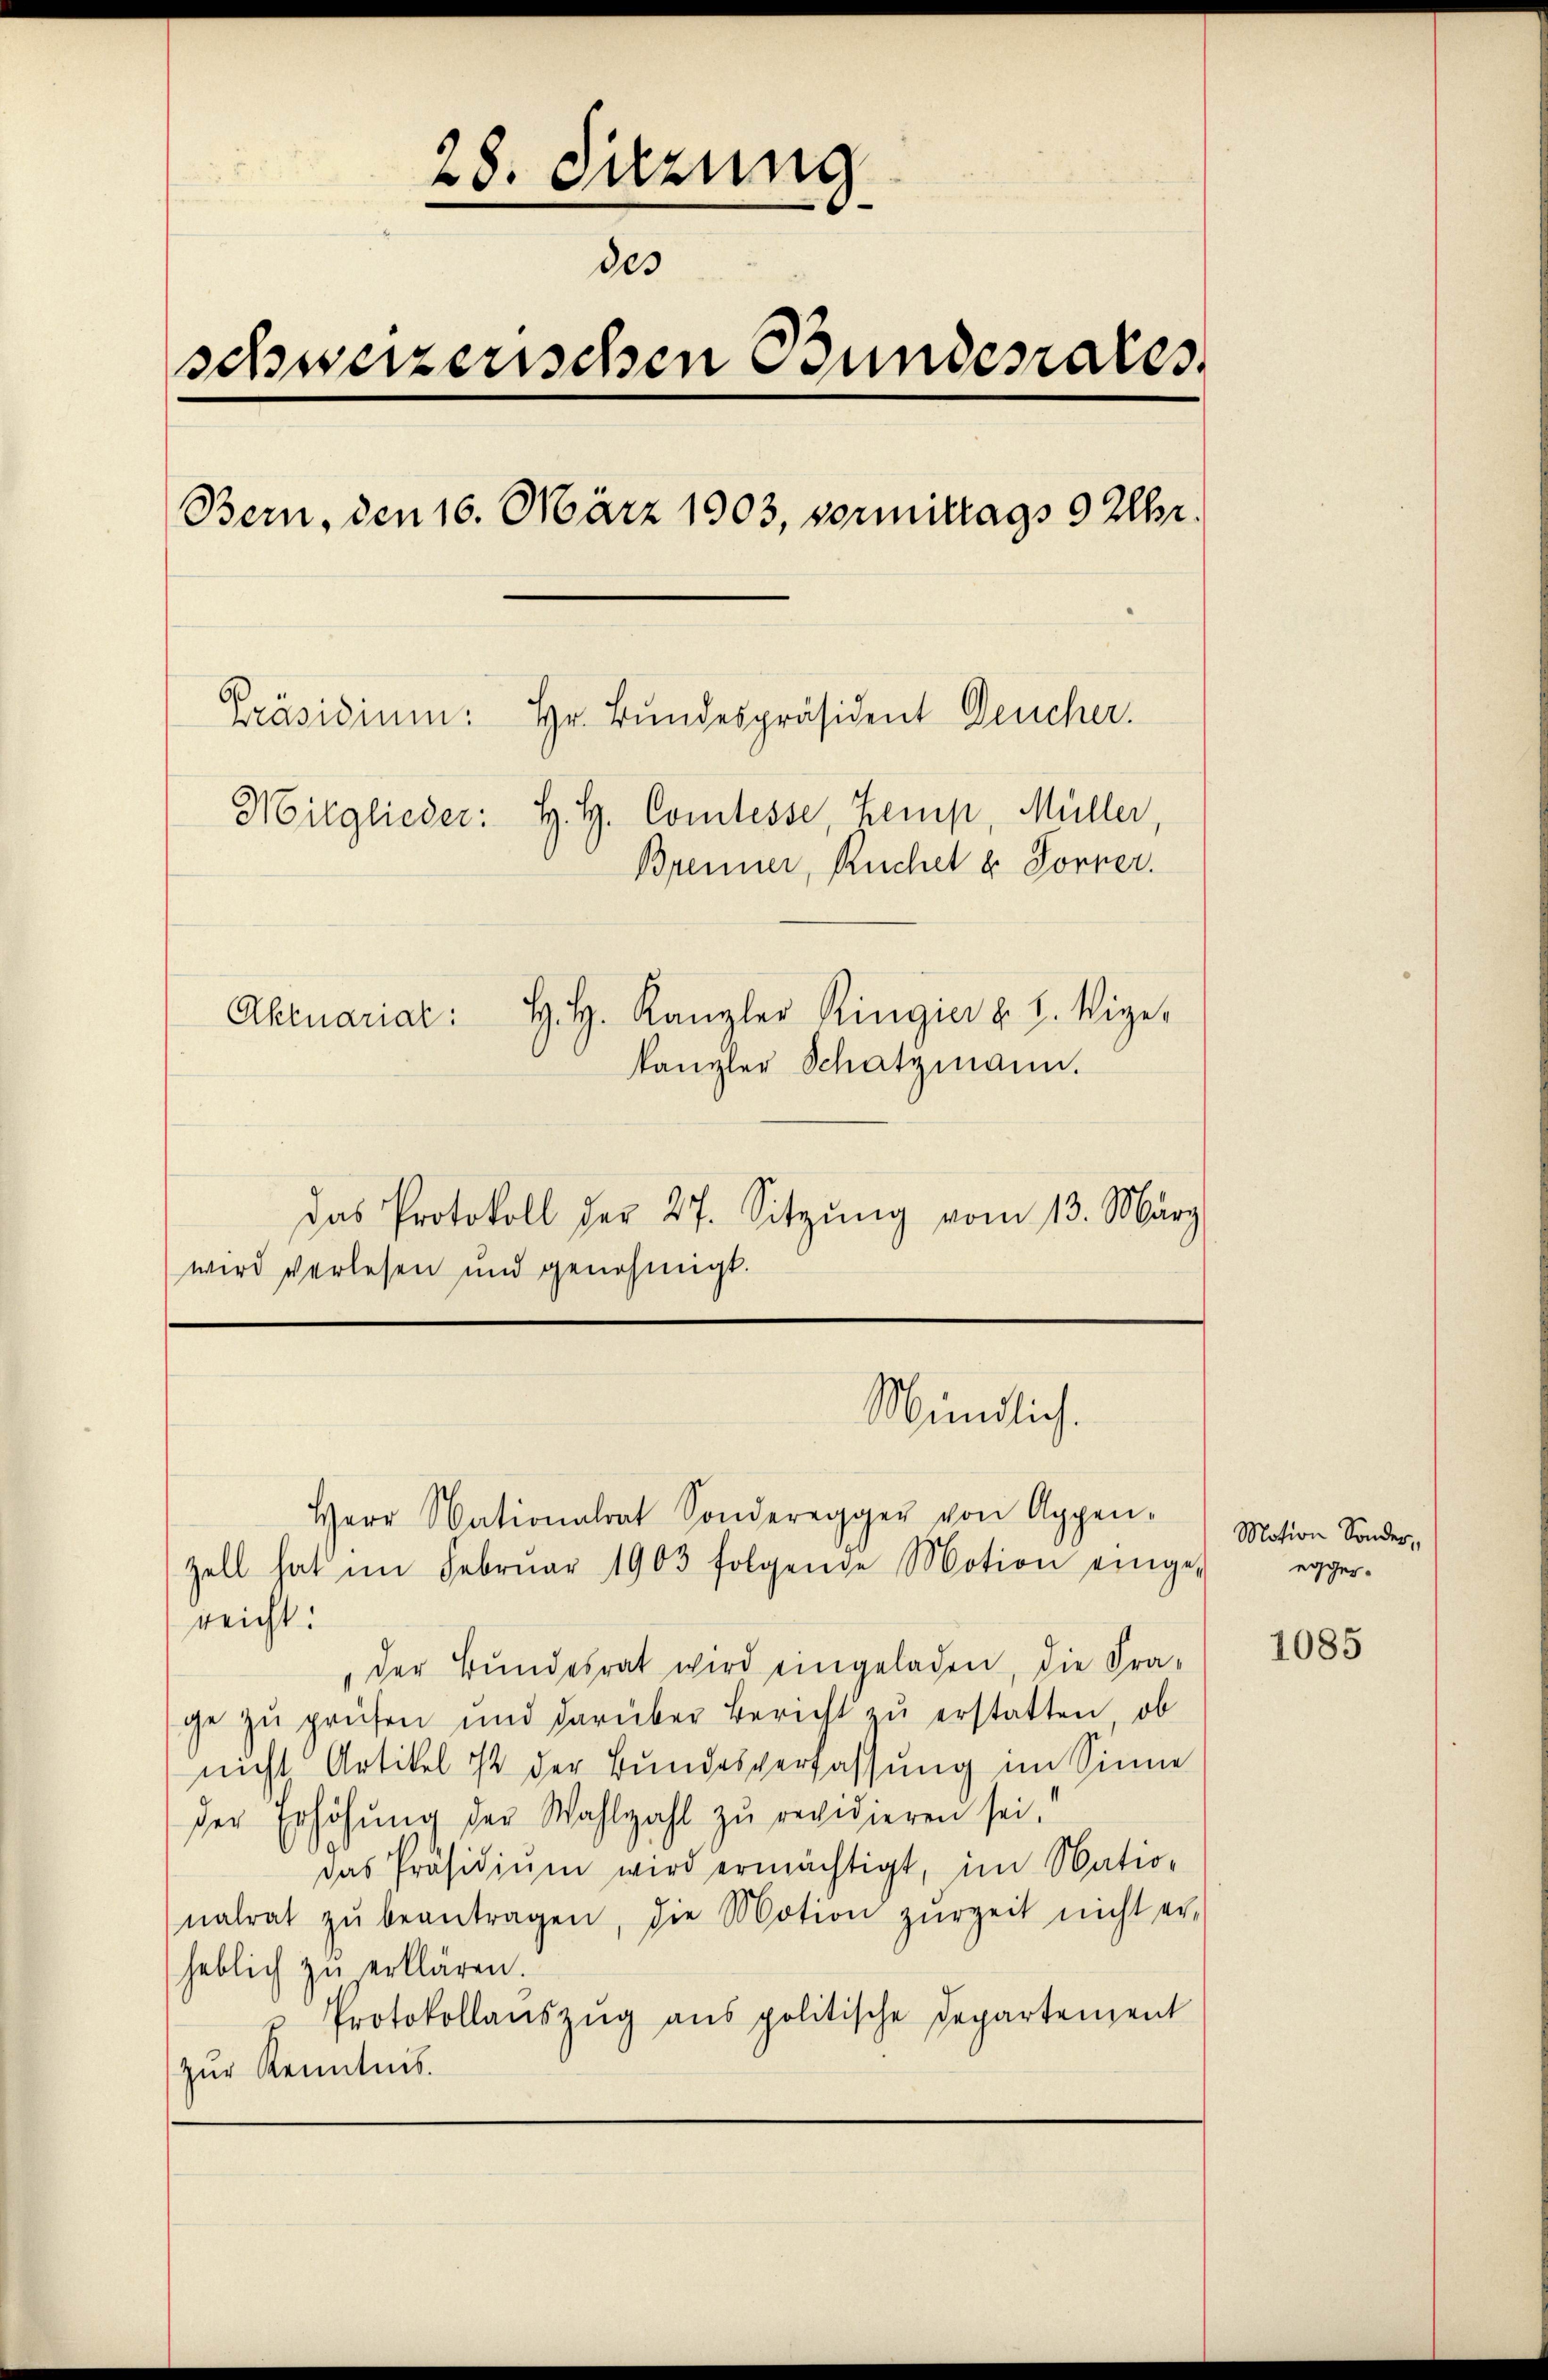
28. Sitzung
des
schweizerischen Bundesrates
Bern, den 16. März 1903, vormittags 9 Uhr.
Präsidium: Hr. Bundespräsident Deucher.
Mitglieder: H. H. Comtesse Zemp, Müller,
Brenner, Ruchel u. Forner.
Aktuariat: H. H. Kanzler Ringier u. H. Vige-
kanzler Schatzmann.

das Protokoll der 27. Sitzung vom 13. März
wird verlesen und genehmigt.

Herr Nationalrat Sonderegger von Appen-
zell hat im Februar 1903 folgende Motion einge-
reicht:
der Bundesrat wird eingeladen, die Fra-
ge zŭ prüfen und darüber Bericht zŭ erstatten, ob
nicht Artikel ist der Bundesverfassung im Sinne
der Erhöhŭng der Wahlzahl zŭ revidieren sei.
das Präsidiŭm wird ermächtigt, im Natio-
nalrat zŭ beantragen, die Motion zŭrzeit nicht er-
heblich zu erklären.
Protokollaŭszŭg ans politische Departement
zur Kenntnis.

Mündlich.

Motion Sonder,
egger.

1085